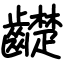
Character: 齼